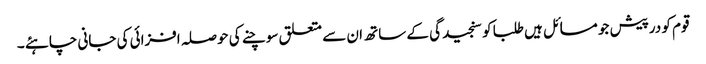
قوم کو درپیش جو مسائل ہیں طلبا کو سنجیدگی کے ساتھ ان سے متعلق سوچنے کی حوصلہ افزائی کی جانی چاہئے ۔